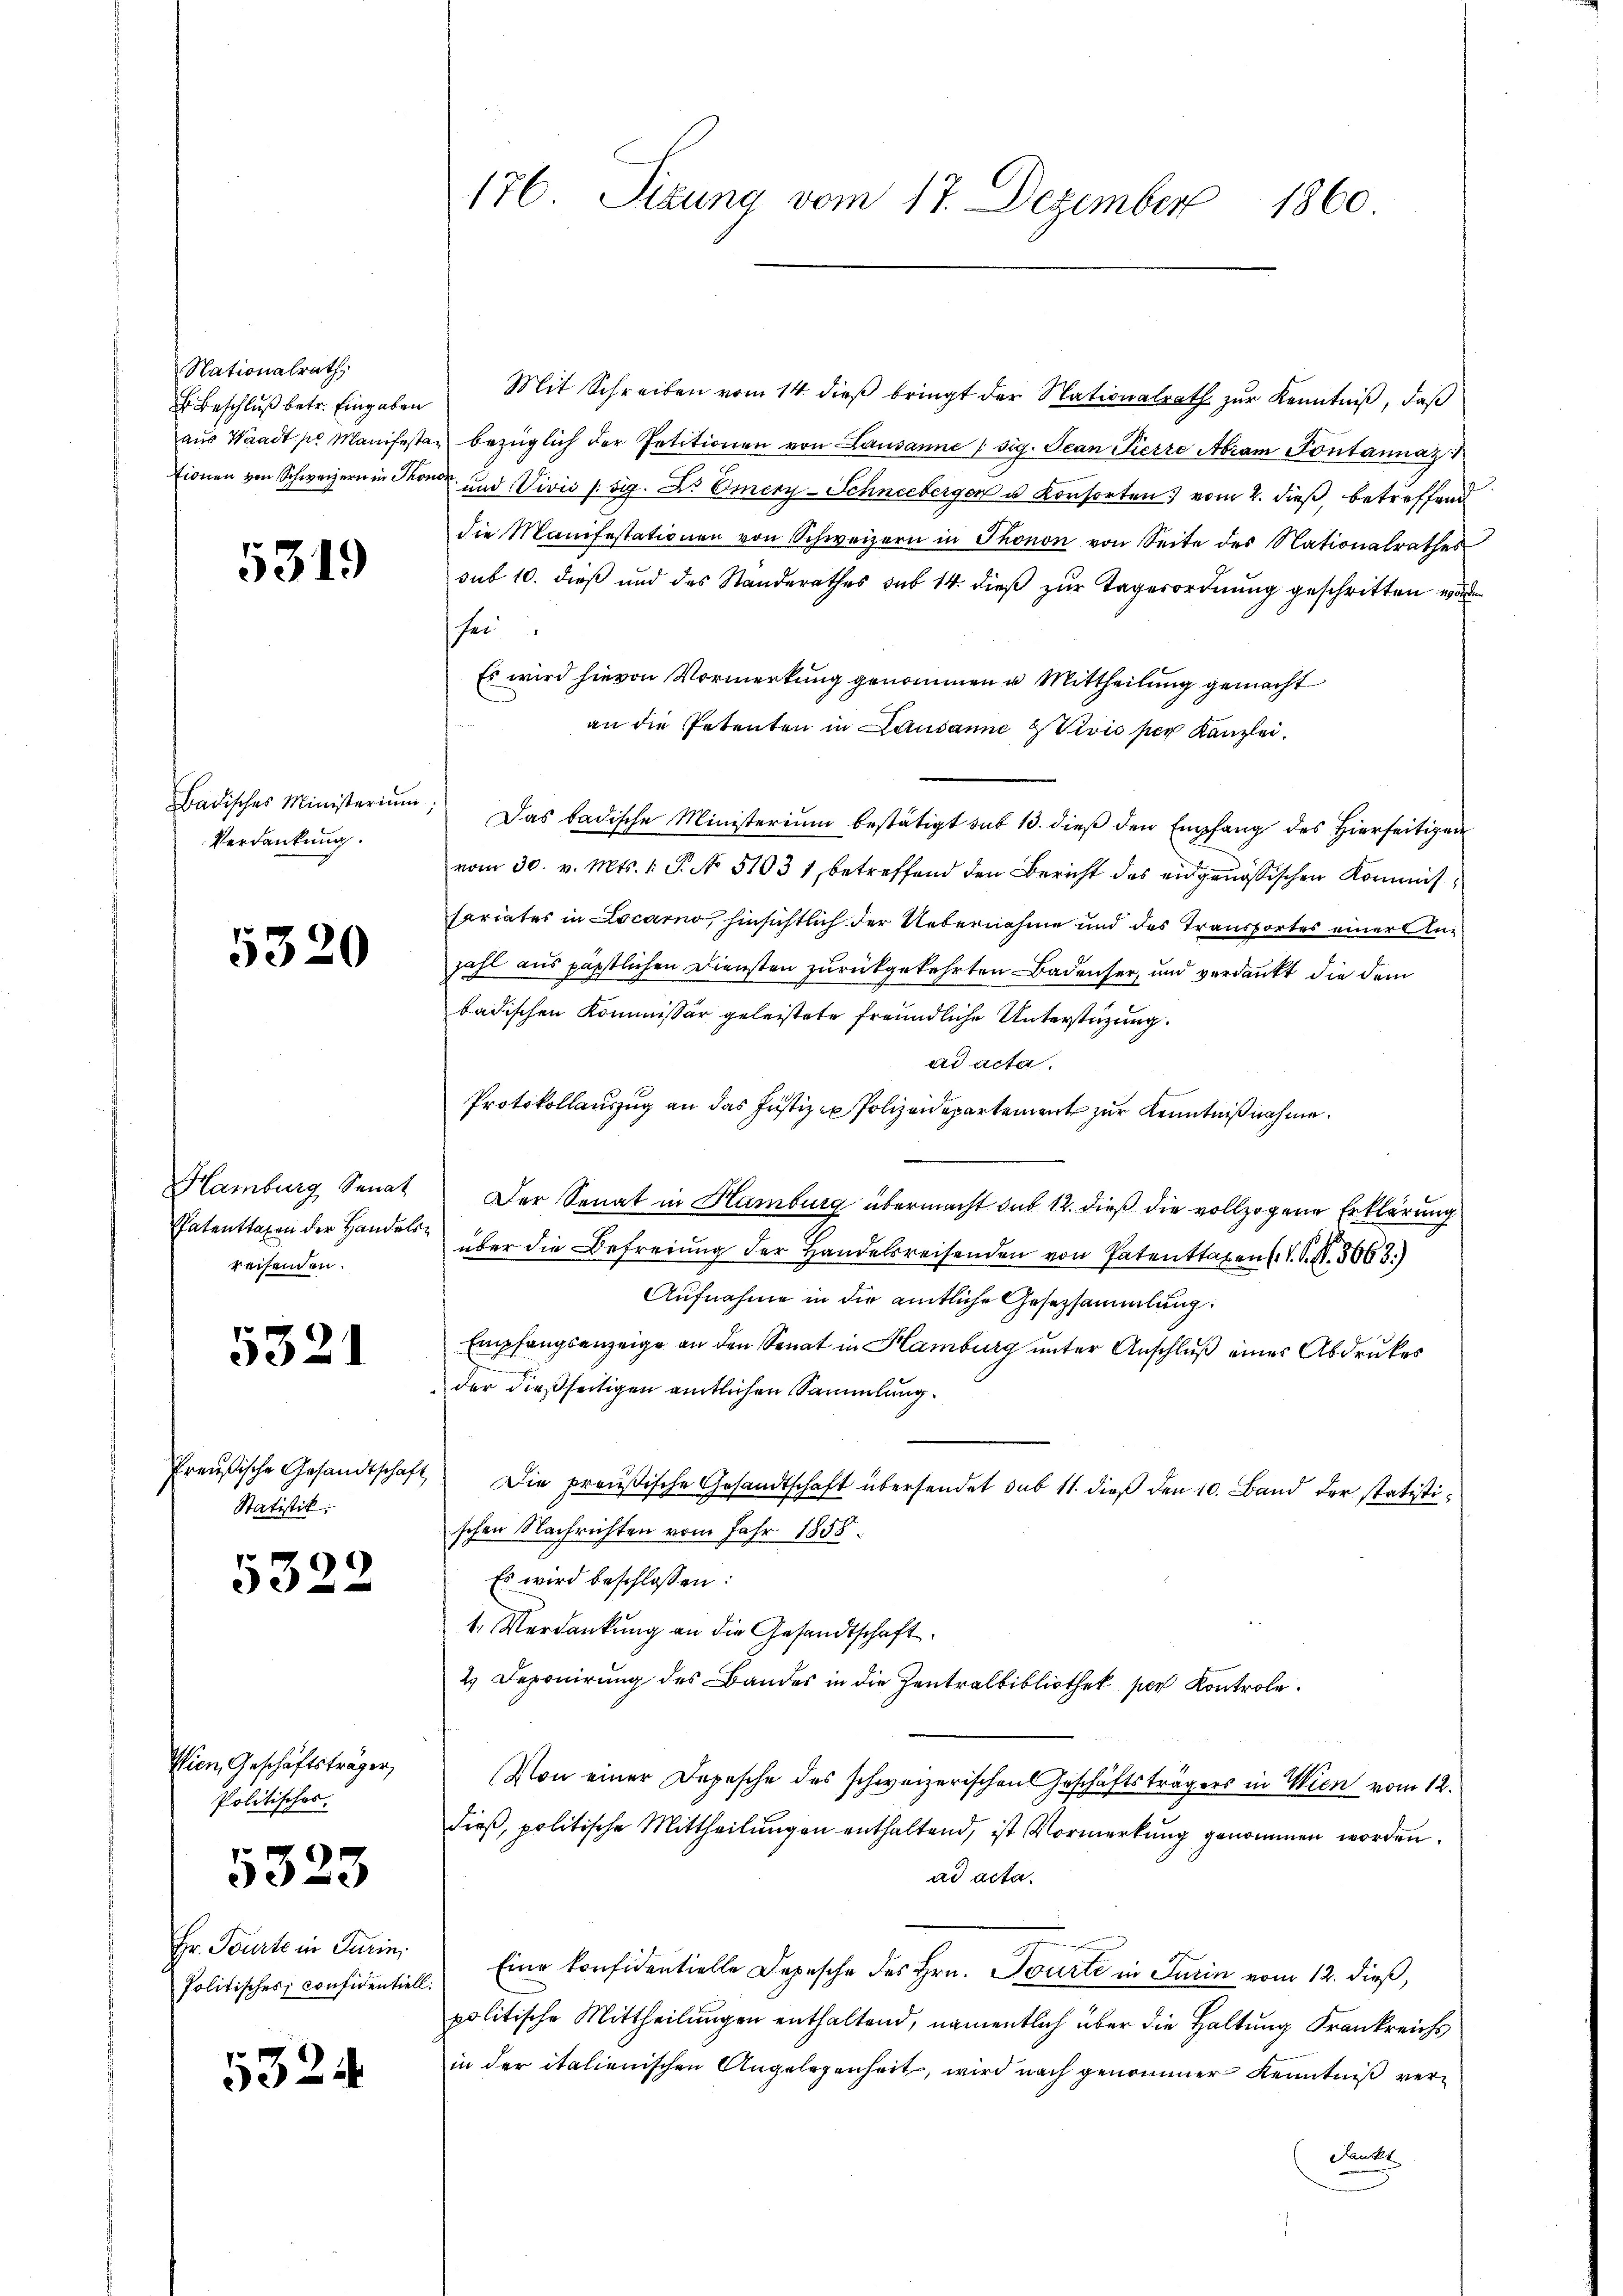
Nationalrath,
 Beschluß betr. Eingaben
aus Waadt so Manifesta
Eionen von Schweizern in Thor

5319

Badisches Ministerium
Verdankung.

5320

Hamburg Senat
Patenttaxen der Handels
reisenden.

5321

Preußische Gesandtschaft
Statistik:

6

Wien, Geschäftsträger,
Politisches,

5323

Hr. Tourte in Turin,
Politisches Considentiell.

5324

176 Sitzung vom 17. Dezember
1860

Mit Schreiben vom 14. dieß bringt der Nationalrath zur Kenntniß, daß
bezüglich der Petitionen von Lausanne (sig. Jean Pierre Abram Pontannaz
 und Vivis (sig. Dr Emery-Schneeberger u Konsorten vom 2. dieß, betreffend
die Manifestationen von Schweizern in Thonon von Seite des Nationalrathes
sub 10. dieß und des Standerathes sub 14. dieß zur Tagerordnung geschritten worden
fei
Es wird hievon Vormerkung genommen u. Mittheilung gemacht
an die Petenten in Lausanne & Vivis per Kanzlei,
Das badische Ministerium bestätigt sit 13. dieß den Empfang des Hierseitigen
vom 30. v. Mts. 1. P. N. 51031, betreffend den Bericht des eidgenössischen Kommissariates in Locarno, hinsichtlich der Uebernahme und des Transportes einer Anzahl aus päpstlichen Diensten zurückgekehrten Badenser, und verdankt, die dem
badischen Kommissär geleistete freundliche Unterstüzung.
ad acta.
Protokollauszug an das Justiz - Polizeidepartement zur Kenntnißnahme.
Der Senat in Hamburg übermacht das 12. dieß die vollzogene Erklärung
über die Befreiung der Handelsreisenden von Patenttaxen V. P. Nr. 5063.)
Aufnahme in die amtliche Gesetzsammlung.
Empfangsanzeige an den Senat in Hamburg unter Anschluß eines Abdruckes
der dießseitigen amtlichen Sammlung.
Die preußische Gesandtschaft übersendet sub 11. dieß den 10. Band der statistischen Nachrichten vom Jahr 1858.
Es wird beschlossen:
1. Verdankung an die Gesandtschaft
2 Deponirung des Bandes in die Zentralbibliothek per Kontrole.
Von einer Depesche des schweizerischen Geschäftsträgers in Wien vom 12.
dieß, politische Mittheilungen enthaltend, ist Vormerkung genommen worden.
ad acta.
Eine konfidentielle Depesche des Hrn. Tourte in Turin vom 12. dieß,
politische Mittheilungen enthaltend, namentlich über die Haltung Frankreichs
in der italienischen Angelegenheit, wird nach genommer Kenntniß verdants